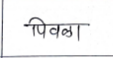
मजकूर: पिवळा